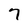
Character: 7